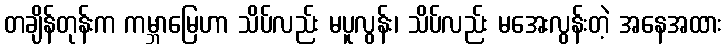
တချိန်တုန်းက ကမ္ဘာမြေဟာ သိပ်လည်း မပူလွန်း၊ သိပ်လည်း မအေးလွန်းတဲ့ အနေအထား